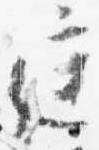
庭